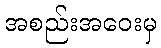
အစည်းအဝေးမှ